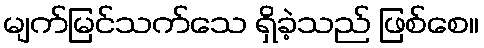
မျက်မြင်သက်သေ ရှိခဲ့သည် ဖြစ်စေ။